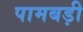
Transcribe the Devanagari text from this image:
पामबड़ी